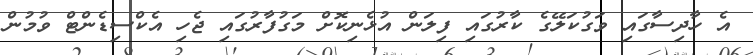
އެ ހާދިސާގައި ވަގުކަލޭގެ ކާރުގައި ފިލަން އުޅެނިކޮށް މަގުފާރުގައި ޖެހި އެކްސިޑެންޓް ވުމުން